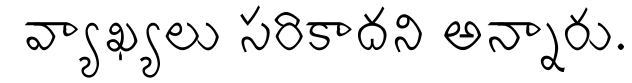
 వ్యాఖ్యలు సరికాదని అన్నారు.